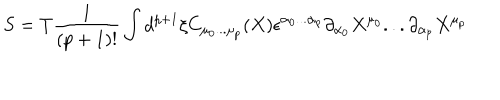
LaTeX: S = T \frac { 1 } { ( p + 1 ) ! } \int d ^ { p + 1 } \xi C _ { \mu _ { 0 } . . . \mu _ { p } } ( X ) \epsilon ^ { \alpha _ { 0 } . . . \alpha _ { p } } \partial _ { \alpha _ { 0 } } X ^ { \mu _ { 0 } } . . . \partial _ { \alpha _ { p } } X ^ { \mu _ { p } }